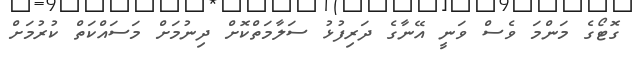
ގޮޓޯގެ މަންމަ ވެސް ވަނީ އޭނާގެ ދަރިފުޅު ސަލާމަތްކޮށް ދިނުމަށް މަސައްކަތް ކުރުމަށް